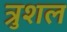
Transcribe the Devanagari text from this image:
त्रुशल